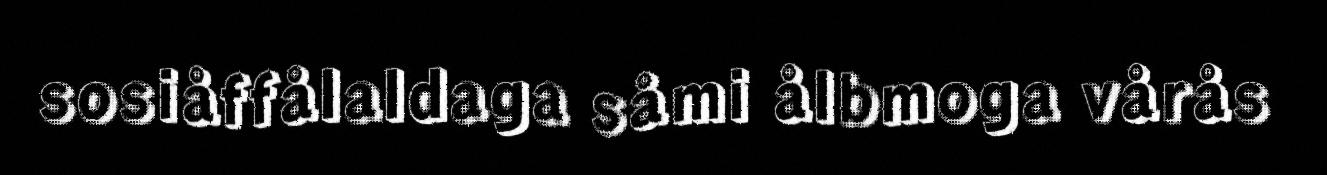
sosiåffålaldaga såmi ålbmoga vårås